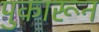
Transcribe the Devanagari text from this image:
पुकारून